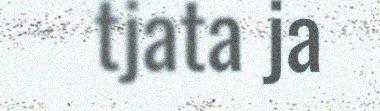
tjata ja